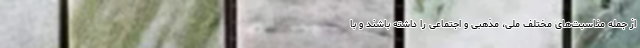
از جمله مناسبت‌های مختلف ملی، مذهبی و اجتماعی را داشته باشند و با